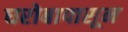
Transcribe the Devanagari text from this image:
घरोबापासून